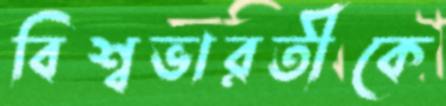
বিশ্বভারতীকে